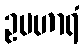
ဥပဟာရံ